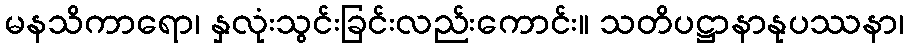
မနသိကာရော၊ နှလုံးသွင်းခြင်းလည်းကောင်း။ သတိပဋ္ဌာနာနုပဿနာ၊